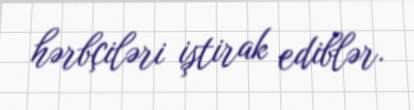
hərbçiləri iştirak ediblər.